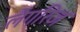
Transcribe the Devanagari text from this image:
लैंगरिज